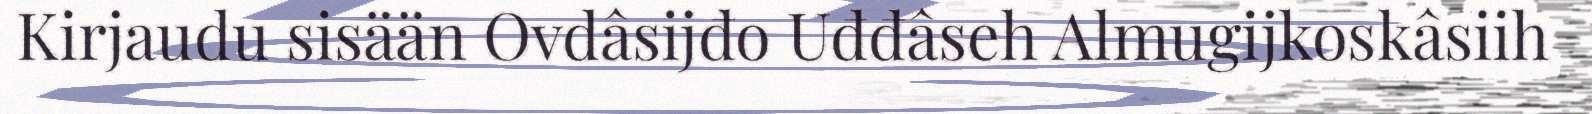
Kirjaudu sisään Ovdâsijđo Uđđâseh Almugijkoskâsiih